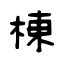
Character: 棟